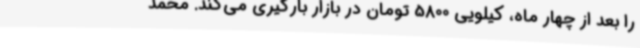
را بعد از چهار ماه، کیلویی 5800 تومان در بازار بارگیری می‌کند. محمد